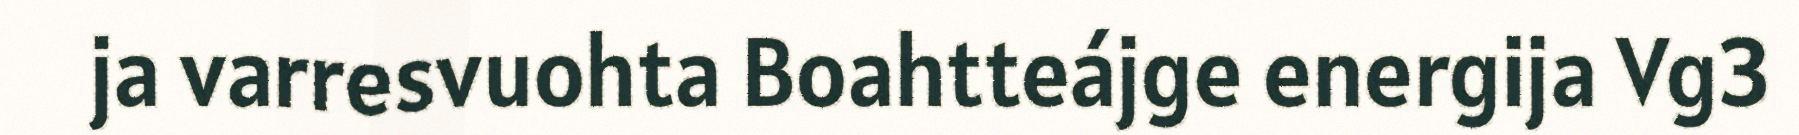
ja varresvuohta Boahtteájge energija Vg3